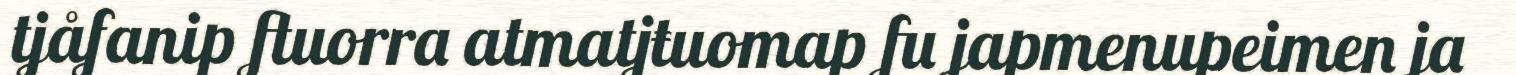
tjåfanip ftuorra atmatjŧuomap fu japmenupeimen ja